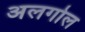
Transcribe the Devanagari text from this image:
अलगोल